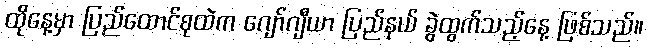
ထိုနေ့မှာ ပြည်ထောင်စုထဲက ဂျော်ဂျီယာ ပြည်နယ် ခွဲထွက်သည့်နေ့ ဖြစ်သည်။